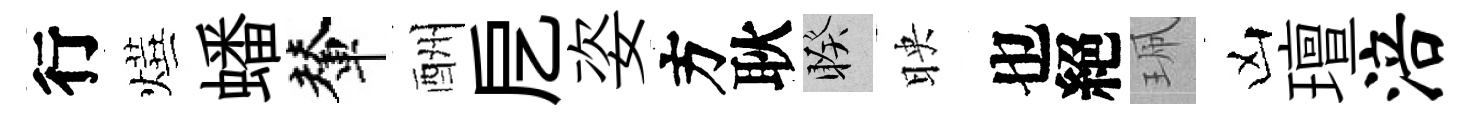
行燁蟠輦酬戹姿方耿睽映也絕珮凶璮涪